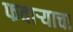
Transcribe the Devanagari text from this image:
फवाऱ्याचा